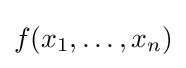
f(x_{1},\ldots ,x_{n})